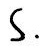
$S.$